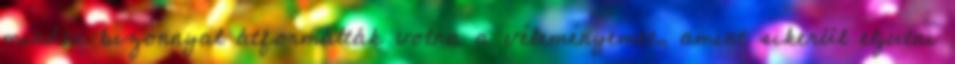
minden bizonnyal átformálták volna a véleményemet, amint sikerül eljutni